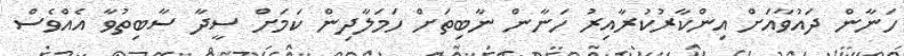
ހަނާން ދައުވާއަށް އިންކާރުކުރާއިރު ހަނާން ނާބިތަށް ހަމަލާދިން ކަމަށް ސީދާ ސާބިތުވާ އެއްވެސް